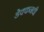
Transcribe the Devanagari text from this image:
डेक्कनची